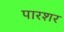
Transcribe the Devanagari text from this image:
पारशर